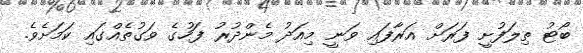
ބޯޓު ތިލަފުށީ ފަރަށް އަރާފައި ވަނީ މިއަދު މެންދުރު ފަހުގެ ވަގުތެއްގައި ކަމަށެވެ.